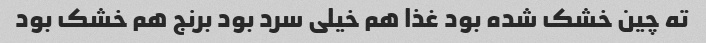
ته چین خشک شده بود غذا هم خیلی سرد بود برنج هم خشک بود